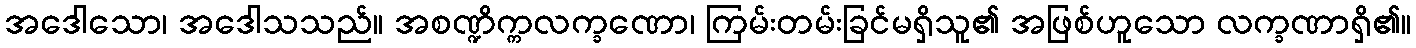
အဒေါသော၊ အဒေါသသည်။ အစဏ္ဍိက္ကလက္ခဏော၊ ကြမ်းတမ်းခြင်မရှိသူ၏ အဖြစ်ဟူသော လက္ခဏာရှိ၏။